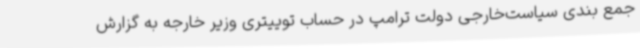
جمع بندی سیاست‌خارجی دولت ترامپ در حساب توییتری وزیر خارجه به گزارش